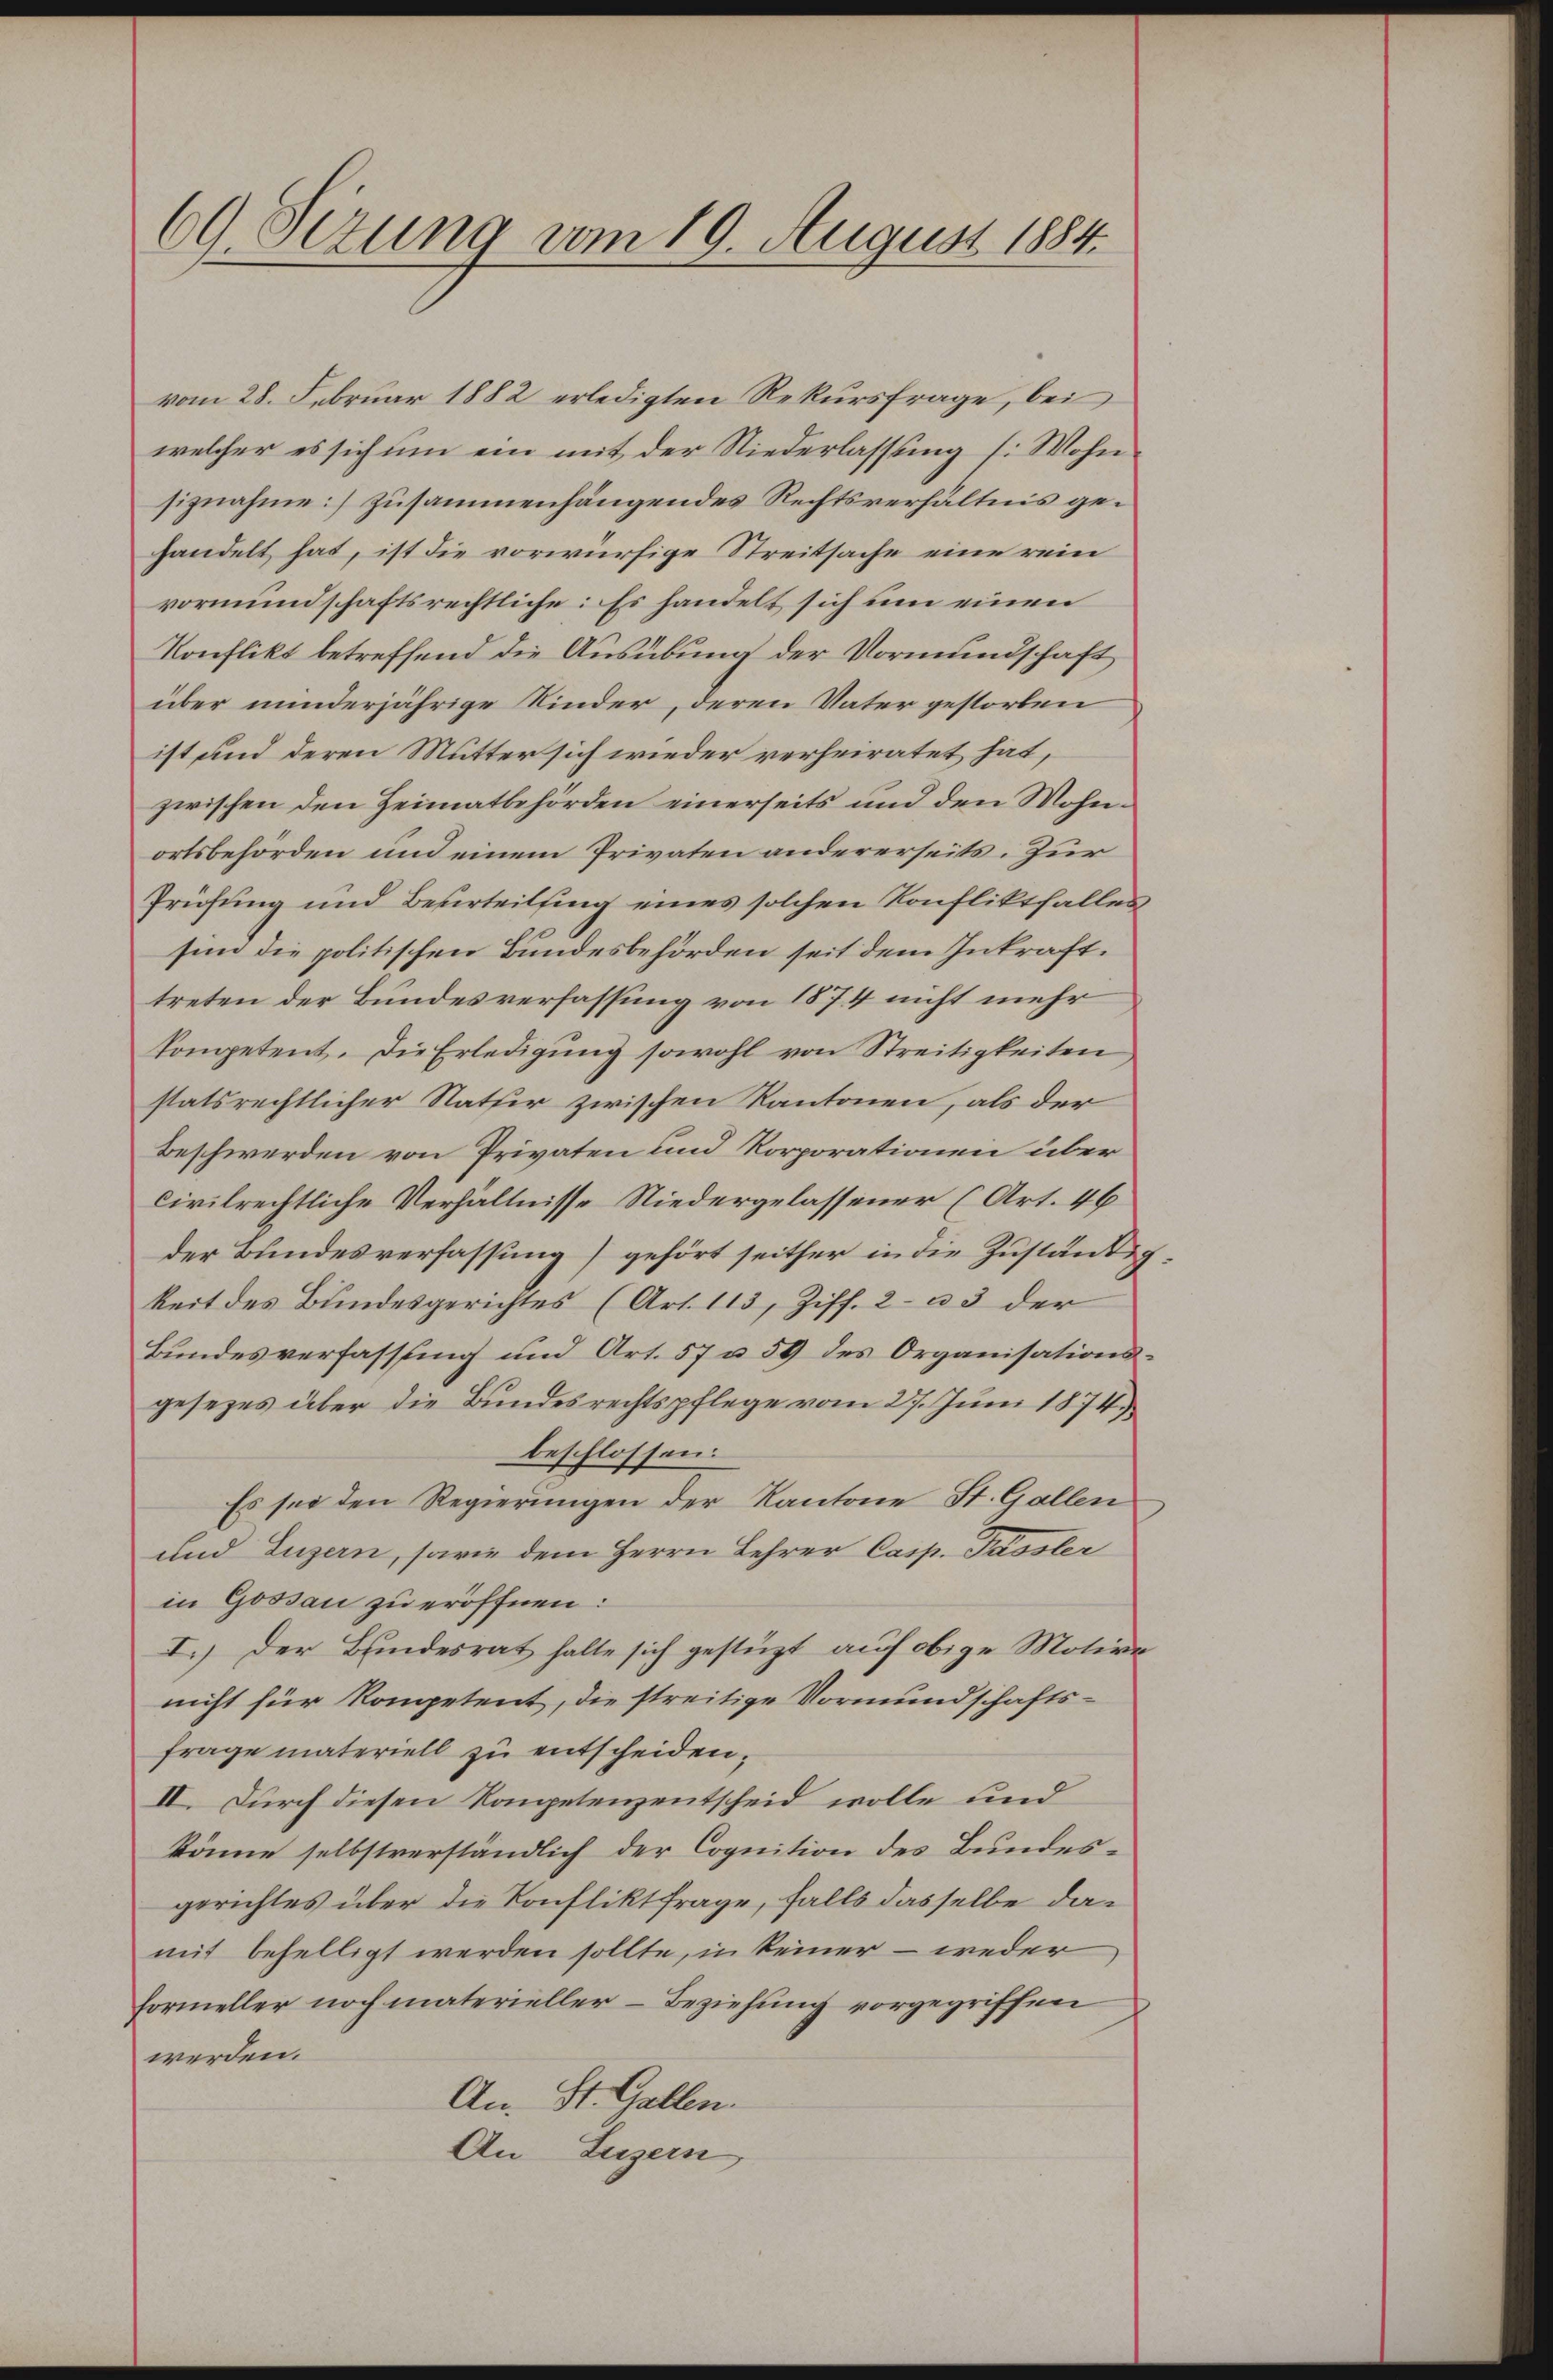
69. Sezung vom 19. August 1884.

vom 28. Februar 1882 erledigten Rekursfrage, bei
welcher es sich um ein mit der Niederlassung (: Wohn
siznahme zusammenhängendes Rechtsverhältnis gehandelt hat, ist die vorwürfige Streitsache eine rein
vormundschaftsrechtliche: Es handelt sich um einen
Konflikt betreffend die Ausübung der Vormundschaft
über minderjährige Kinder, deren Vater gestorben
ist und deren Mutter sich wieder verheiratet hat,
zwischen den Heimatbehörden einerseits und den Wohnortsbehörden und einem Privaten andererseits. Zur
Prüfung und Beurteilsing eines solchen Konfliktfalles
sin die politischen Bundesbehörden seit dem Inkrafttreten der Bundesverfassung von 1874 nicht mehr
kompetent. Die Erledigŭng sowohl von Streitigkeiten,
statsrechtlicher Nather zwischen Kantonen, als der
Beschwerden von Privaten und Korporationen über
civilrechtliche Verhältnisse Niedergelassener (Art. 46
der Bundesverfassung) gehört seither in die Zuständig
keit des Bundesgerichtes (Art. 113, Ziff. 2 u 3 der
Bundesverfassung und Art. 57 u. 59 des Organisationsgesezes über die Bundesrechtspflege vom 27. Juni 1874.
beschlossen:
Es sei den Regierungen der Kantone St. Gallen
und Luzern, sowie dem Herrn Lehrer Casp. Passler
in Gossau zu eröffnen:
I.) Der Bundesrat halte sich gestüzt auf obige Motivanicht für Kompetent, die streitige Vormundschafts-
frage materiell zu entscheiden,
II. Durch diesen Kompetenzentscheid wolle und
könne selbstverständlich der Cognition des Bundesgerichtes über die Konfliktfrage, falls dasselbe damit behelligt werden sollte, in keiner - weder
Formeller nochmaterieller Beziehung vorgegriffen
werden.
An St. Gallen.
An Luzern